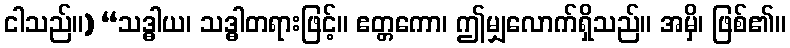
ငါသည်။) “သဒ္ဓါယ၊ သဒ္ဓါတရားဖြင့်။ ဧတ္တကော၊ ဤမျှလောက်ရှိသည်။ အမှိ၊ ဖြစ်၏။